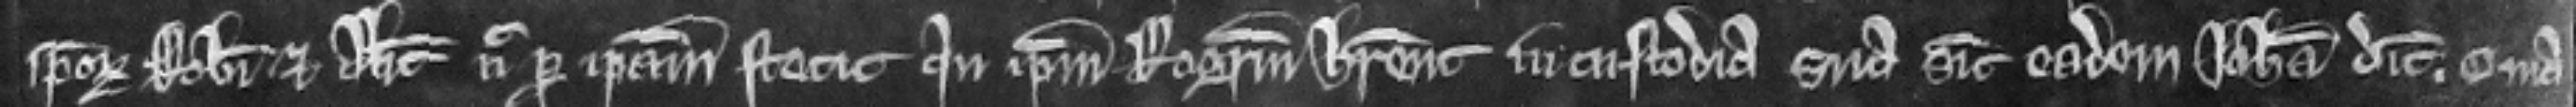
ipsorum Roberti et Alicie nec per ipsam stetit quin ipsum Rogerum haberent in custodia sua sicut eadem Johanna dicit. Quia